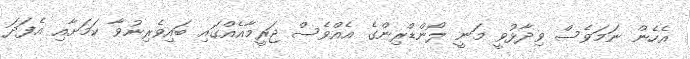
އެހެން ނަމަވެސް ވިދާޅުވީ މަނީ ލޯންޑްރިންގެ އެއްވެސް ޖަރީމާއެއްގައި ބައިވެރިނުވާ ކަމަށާއި އެފަދަ